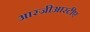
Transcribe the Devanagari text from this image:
आरजीआरटीए